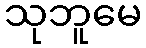
သုဘူမေ